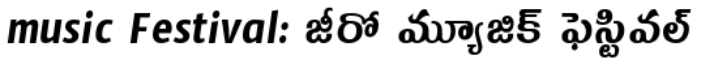
music Festival: జీరో మ్యూజిక్ ఫెస్టివల్